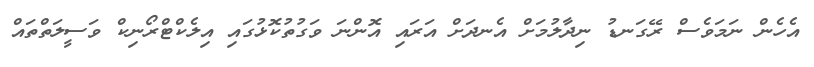
އެހެން ނަމަވެސް ރޭގަނޑު ނިދާލުމަށް އެނދަށް އަރައި އޮންނަ ވަގުތުކޮޅުގައި އިލެކްޓްރޯނިކް ވަސީލަތްތައް